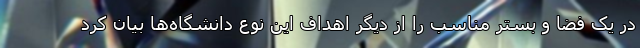
در یک فضا و بستر مناسب را از دیگر اهداف این نوع دانشگاه‌ها بیان کرد